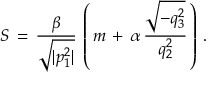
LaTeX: S \, = \, \frac { \beta } { \sqrt { | p _ { 1 } ^ { 2 } | } } \, \left( \, m \, + \, \alpha \, \frac { \sqrt { - q _ { 3 } ^ { 2 } } } { q _ { 2 } ^ { 2 } } \, \right) \, { . }